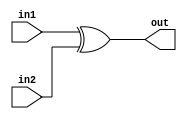
module puertaXor(
    input in1, in2,
    output out,
    );
    
    assign out = in1 ^ in2;
endmodule